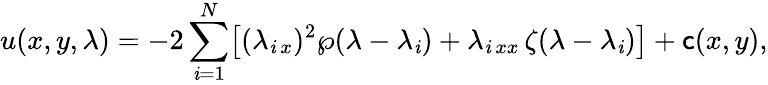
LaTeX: u(x,y,\lambda)=-2\sum_{\mathit{i}=1}^{N}\bigl[(\lambda_{\mathit{i}\, x})^{2}\wp(\lambda-\lambda_{\mathit{i}})+\lambda_{\mathit{i}\, xx}\, \zeta(\lambda-\lambda_{\mathit{i}})\bigr]+\mathsf{c}(x,y),